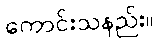
ကောင်းသနည်း။